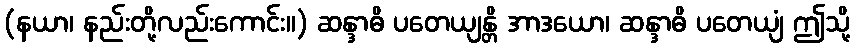
(နယာ၊ နည်းတို့လည်းကောင်း။) ဆန္ဒာဓိ ပတေယျန္တိ အာဒယော၊ ဆန္ဒာဓိ ပတေယျံ ဤသို့